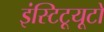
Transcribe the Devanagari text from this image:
इंस्टिटूयूटो